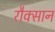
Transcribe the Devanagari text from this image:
रौक्सान